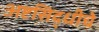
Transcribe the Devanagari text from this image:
अष्टसिद्धीचे